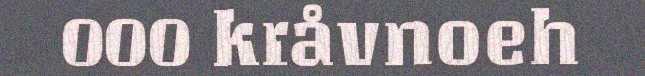
000 kråvnoeh